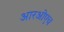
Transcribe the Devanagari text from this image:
आरओएच